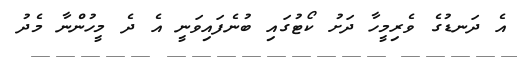
އެ ދަނޑުގެ ވެރިމީހާ ދަށު ކޯޓުގައި ބުނެފައިވަނީ އެ ދެ މީހުންނާ މެދު